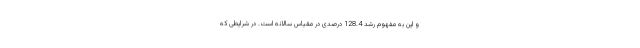
و این به مفهوم رشد 128.4 درصدی در مقیاس سالانه است. در شرایطی که